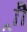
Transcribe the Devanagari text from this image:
र्‍ाौ